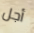
أجل